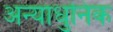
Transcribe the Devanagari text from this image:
अन्याधुनिक